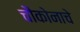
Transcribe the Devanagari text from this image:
चौकोनाचे